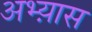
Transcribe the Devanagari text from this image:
अभ्य़ास